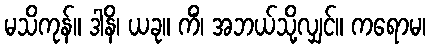
မသိကုန်။ ဒါနိ၊ ယခု။ ကိံ၊ အဘယ်သို့လျှင်။ ကရောမ၊